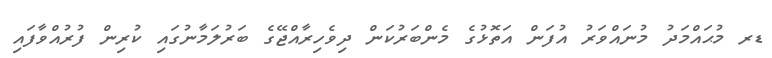
ޑރ މުޙައްމަދު މުނައްވަރު އުފަން އަތޮޅުގެ މެންބަރުކަން ދިވެހިރާއްޖޭގެ ބަރުލަމާނުގައި ކުރިން ފުރުއްވާފައި